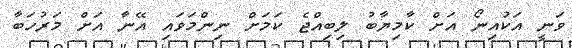
ވަނީ އަކުއިނޯ އަށް ކާމިޔާބު ލިބިއްޖެ ކަމަށް ނިންމަވައި އޭނާ އަށް މަރުހަބާ